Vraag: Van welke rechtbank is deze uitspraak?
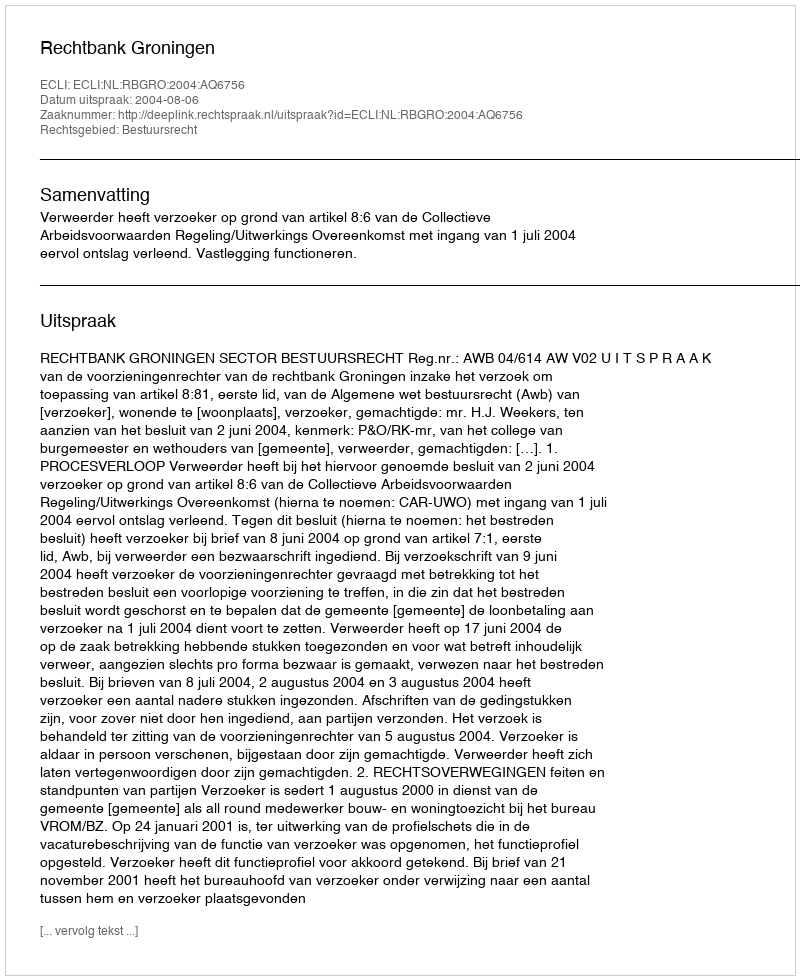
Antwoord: Rechtbank Groningen